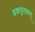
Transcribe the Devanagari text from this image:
इशलुलकल्